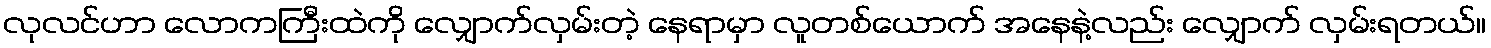
လုလင်ဟာ လောကကြီးထဲကို လျှောက်လှမ်းတဲ့ နေရာမှာ လူတစ်ယောက် အနေနဲ့လည်း လျှောက် လှမ်းရတယ်။